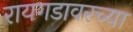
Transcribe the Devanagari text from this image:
रायगडावरच्या